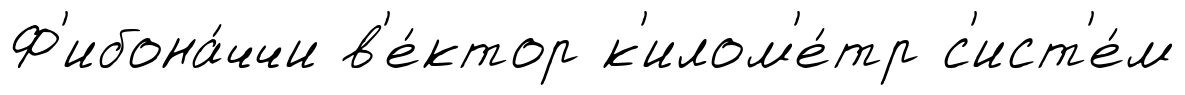
Ф'ибона́ччи в'е́ктор к'илом'е́тр с'ист'е́м